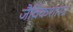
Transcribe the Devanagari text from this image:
जैविकशास्त्र